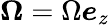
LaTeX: \boldsymbol{\Omega}=\Omega\boldsymbol{e}_{z}